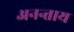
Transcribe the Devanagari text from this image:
अनन्ताय